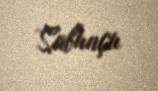
Sabunçu